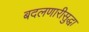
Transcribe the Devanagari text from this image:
बदलणारीसुद्धा